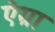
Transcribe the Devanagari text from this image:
ऐग्रा